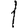
Digit: 1